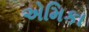
એમિકા